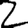
Digit: 2